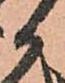
か